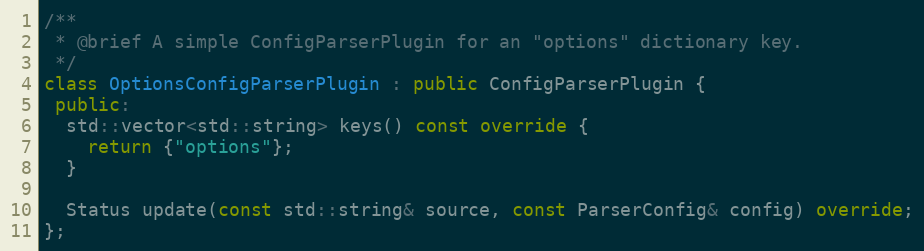
Language: C++
/**
 * @brief A simple ConfigParserPlugin for an "options" dictionary key.
 */
class OptionsConfigParserPlugin : public ConfigParserPlugin {
 public:
  std::vector<std::string> keys() const override {
    return {"options"};
  }

  Status update(const std::string& source, const ParserConfig& config) override;
};